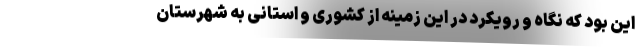
این بود که نگاه و رویکرد در این زمینه از کشوری و استانی به شهرستان